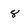
Character: 8